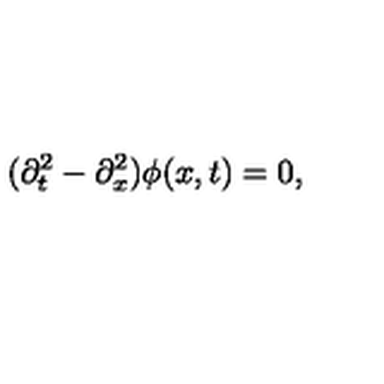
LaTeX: ( \partial _ { t } ^ { 2 } - \partial _ { x } ^ { 2 } ) \phi ( x , t ) = 0 ,